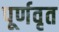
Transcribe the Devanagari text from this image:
पूर्णवृत